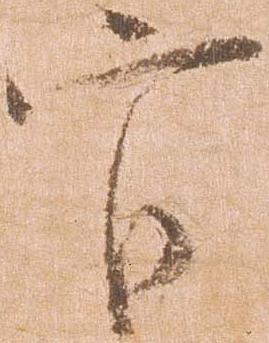
官